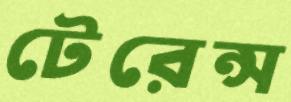
টেরেন্স